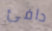
دافئ